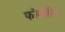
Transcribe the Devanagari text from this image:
फोर्मारिन